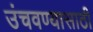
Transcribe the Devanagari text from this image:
उंचवण्यासाठी